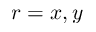
r = x , y